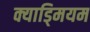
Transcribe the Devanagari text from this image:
क्याड्मियम